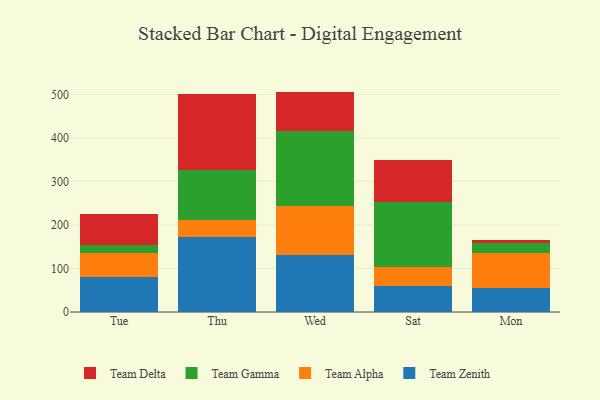
{"axis": {"x": "Day", "y": "Waste Production (Tons)"}, "legend": ["Team Alpha", "Team Delta", "Team Gamma", "Team Zenith"], "data": [{"x": "Tue", "y": 79.6, "type": "Team Zenith"}, {"x": "Tue", "y": 54.9, "type": "Team Alpha"}, {"x": "Tue", "y": 19.2, "type": "Team Gamma"}, {"x": "Tue", "y": 72.1, "type": "Team Delta"}, {"x": "Thu", "y": 172.2, "type": "Team Zenith"}, {"x": "Thu", "y": 40.0, "type": "Team Alpha"}, {"x": "Thu", "y": 113.8, "type": "Team Gamma"}, {"x": "Thu", "y": 175.5, "type": "Team Delta"}, {"x": "Wed", "y": 132.0, "type": "Team Zenith"}, {"x": "Wed", "y": 111.6, "type": "Team Alpha"}, {"x": "Wed", "y": 171.7, "type": "Team Gamma"}, {"x": "Wed", "y": 91.0, "type": "Team Delta"}, {"x": "Sat", "y": 59.4, "type": "Team Zenith"}, {"x": "Sat", "y": 44.9, "type": "Team Alpha"}, {"x": "Sat", "y": 149.4, "type": "Team Gamma"}, {"x": "Sat", "y": 96.0, "type": "Team Delta"}, {"x": "Mon", "y": 55.9, "type": "Team Zenith"}, {"x": "Mon", "y": 79.7, "type": "Team Alpha"}, {"x": "Mon", "y": 23.5, "type": "Team Gamma"}, {"x": "Mon", "y": 5.7, "type": "Team Delta"}]}